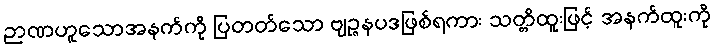
ဉာဏဟူသောအနက်ကို ပြတတ်သော ဗျဉ္ဇနပဒဖြစ်ရကား သတ္တိထူးဖြင့် အနက်ထူးကို